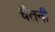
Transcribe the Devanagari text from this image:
चैतनी